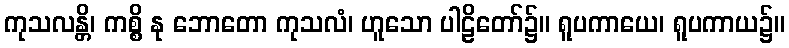
ကုသလန္တိ၊ ကစ္စိ နု ဘောတော ကုသလံ၊ ဟူသော ပါဠိတော်၌။ ရူပကာယေ၊ ရူပကာယ၌။